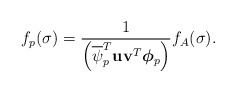
\begin{align*}f_p(\sigma) = \frac{1}{ \left( \overline{ \psi}_p^T {\bf u} {\bf v} ^T \mbox{\boldmath{$\phi$}}_p \right) }f_A(\sigma).\end{align*}